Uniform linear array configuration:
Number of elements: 24
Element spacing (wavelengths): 1
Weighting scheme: kaiser
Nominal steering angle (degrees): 60
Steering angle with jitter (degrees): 59.52
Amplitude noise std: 0.05
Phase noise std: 0.05

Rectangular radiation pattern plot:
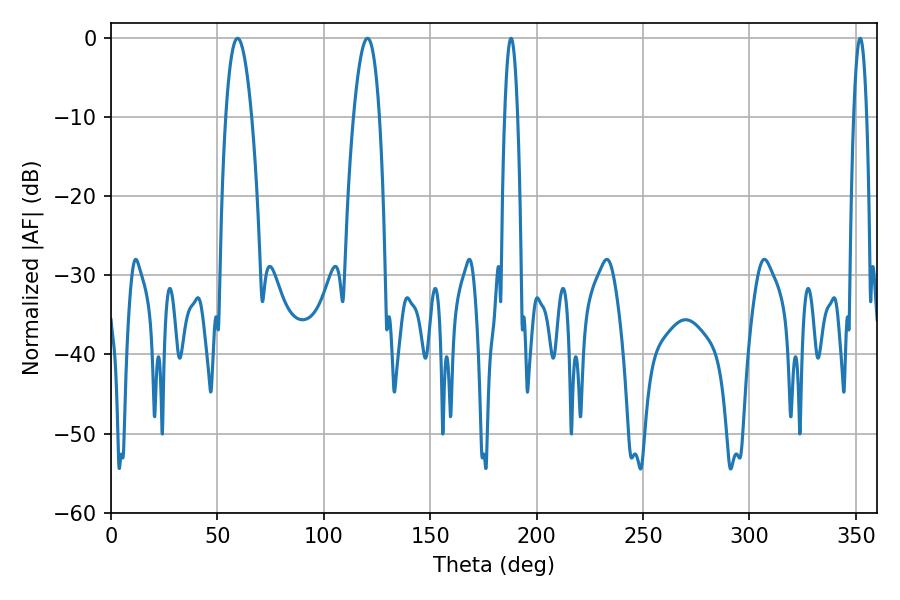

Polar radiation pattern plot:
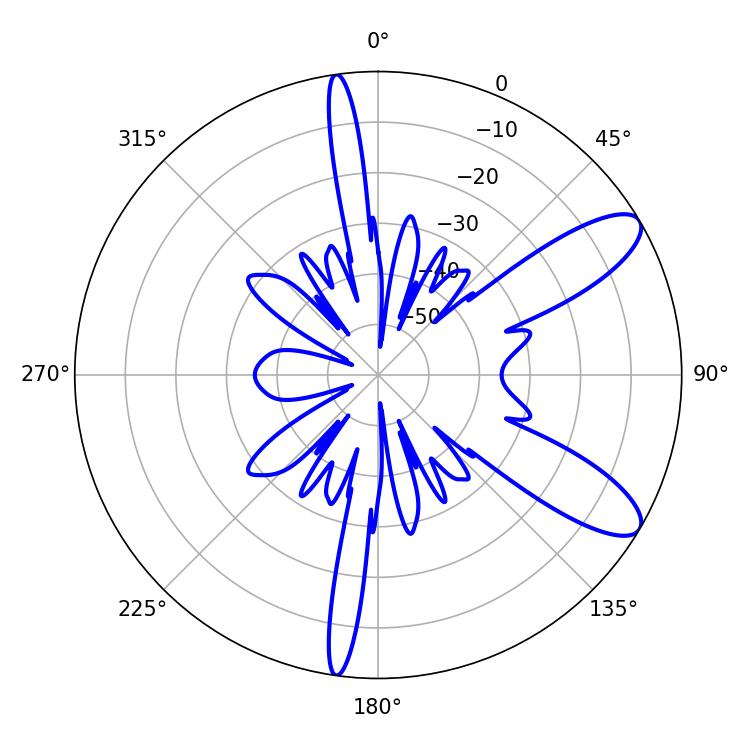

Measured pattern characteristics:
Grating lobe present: TRUE
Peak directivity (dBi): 10.002
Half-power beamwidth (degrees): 6.66
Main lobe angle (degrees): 59.4